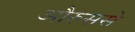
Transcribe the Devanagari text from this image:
औरुससे